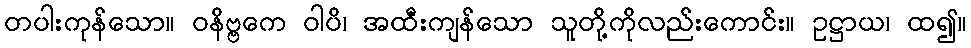
တပါးကုန်သော။ ဝနိဗ္ဗကေ ဝါပိ၊ အထီးကျန်သော သူတို့ကိုလည်းကောင်း။ ဥဋ္ဌာယ၊ ထ၍။